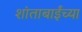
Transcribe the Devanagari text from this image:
शांताबाईंच्या